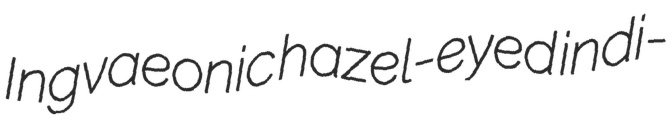
Ingvaeonic hazel-eyed indi-